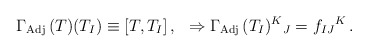
\begin{align*}\Gamma_{\rm Adj}\, (T) (T_{I})\equiv [T,T_{I}]\, ,\,\,\,\, \Rightarrow \Gamma_{\rm Adj}\, (T_{I})^{K}{}_{J}= f_{IJ}{}^{K}\, .\end{align*}